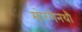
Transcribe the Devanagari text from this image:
मोरगेनथौ